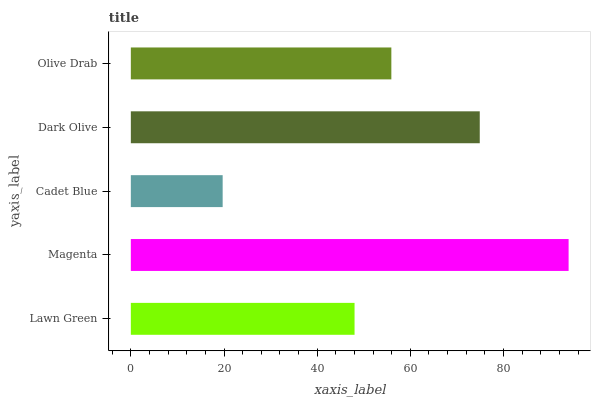
| yaxis_label | bars |
 | --- | --- |
 | Lawn Green | 48 |
 | Magenta | 94 |
 | Cadet Blue | 19.7 |
 | Dark Olive | 74.9 |
 | Olive Drab | 55.9 |